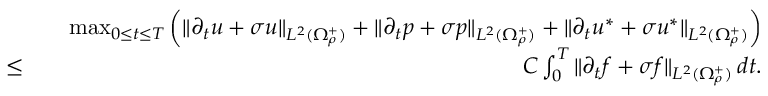
\begin{array} { r l r } & { } & { \operatorname* { m a x } _ { 0 \leq t \leq T } \left( \| \partial _ { t } u + \sigma u \| _ { L ^ { 2 } ( \Omega _ { \rho } ^ { + } ) } + \| \partial _ { t } p + \sigma p \| _ { L ^ { 2 } ( \Omega _ { \rho } ^ { + } ) } + \| \partial _ { t } u ^ { * } + \sigma u ^ { * } \| _ { L ^ { 2 } ( \Omega _ { \rho } ^ { + } ) } \right) } \\ { \leq } & { } & { C \int _ { 0 } ^ { T } \| \partial _ { t } f + \sigma f \| _ { L ^ { 2 } ( \Omega _ { \rho } ^ { + } ) } \, d t . } \end{array}